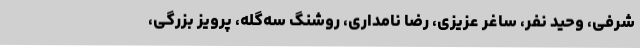
شرفی، وحید نفر، ساغر عزیزی، رضا نامداری، روشنگ سه‌گله، پرویز بزرگی،